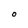
Character: O